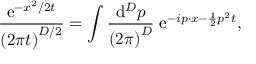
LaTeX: \frac { \mathrm { e } ^ { - x ^ { 2 } / 2 t } } { \left( 2 \pi t \right) ^ { D / 2 } } = \int \frac { \mathrm { d } ^ { D } p } { \left( 2 \pi \right) ^ { D } } \; \mathrm { e } ^ { - i p \cdot x - \frac 1 2 p ^ { 2 } t } ,